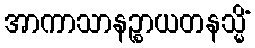
အာကာသာနဉ္စာယတနသ္မိံ